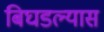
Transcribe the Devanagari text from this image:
बिघडल्यास